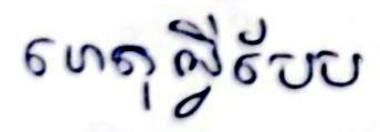
ហេតុអ្វីបែប